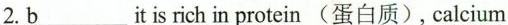
2.\underline{b}___ it is rich in protein (蛋白质), calcium